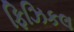
ફિઝિકલ